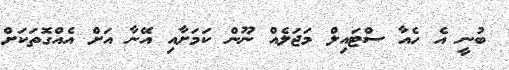
ބުނީ އެ ހެއާ ސްޓައިލް މަޖަލެއް ނޫން ކަމަށާއި އޭނާ އަށް އެއްގޮތަކަށް